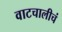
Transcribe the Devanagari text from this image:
वाटचालीचं